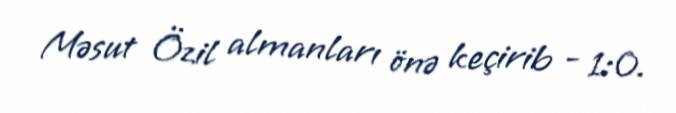
Məsut Özil almanları önə keçirib - 1:0.